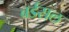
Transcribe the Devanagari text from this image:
बर्डसल